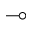
\multimap